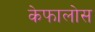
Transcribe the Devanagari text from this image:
केफालोस